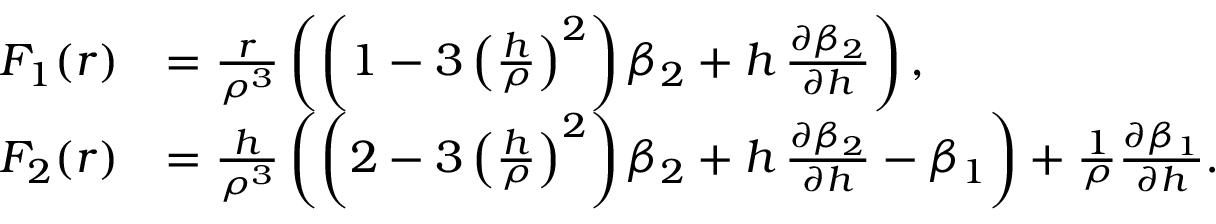
\begin{array} { r l } { F _ { 1 } ( r ) } & { = \frac { r } { \rho ^ { 3 } } \left( \left( 1 - 3 \left( \frac { h } { \rho } \right) ^ { 2 } \right) \beta _ { 2 } + h \, \frac { \partial \beta _ { 2 } } { \partial h } \right) , } \\ { F _ { 2 } ( r ) } & { = \frac { h } { \rho ^ { 3 } } \left( \left( 2 - 3 \left( \frac { h } { \rho } \right) ^ { 2 } \right) \beta _ { 2 } + h \, \frac { \partial \beta _ { 2 } } { \partial h } - \beta _ { 1 } \right) + \frac { 1 } { \rho } \frac { \partial \beta _ { 1 } } { \partial h } . } \end{array}